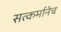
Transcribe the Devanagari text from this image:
सत्कर्मानेच